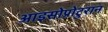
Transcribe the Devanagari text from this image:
आइसोप्रोटुरान